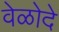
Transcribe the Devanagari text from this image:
वेळोदे